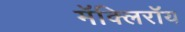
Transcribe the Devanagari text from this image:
मॅक्लिरॉय